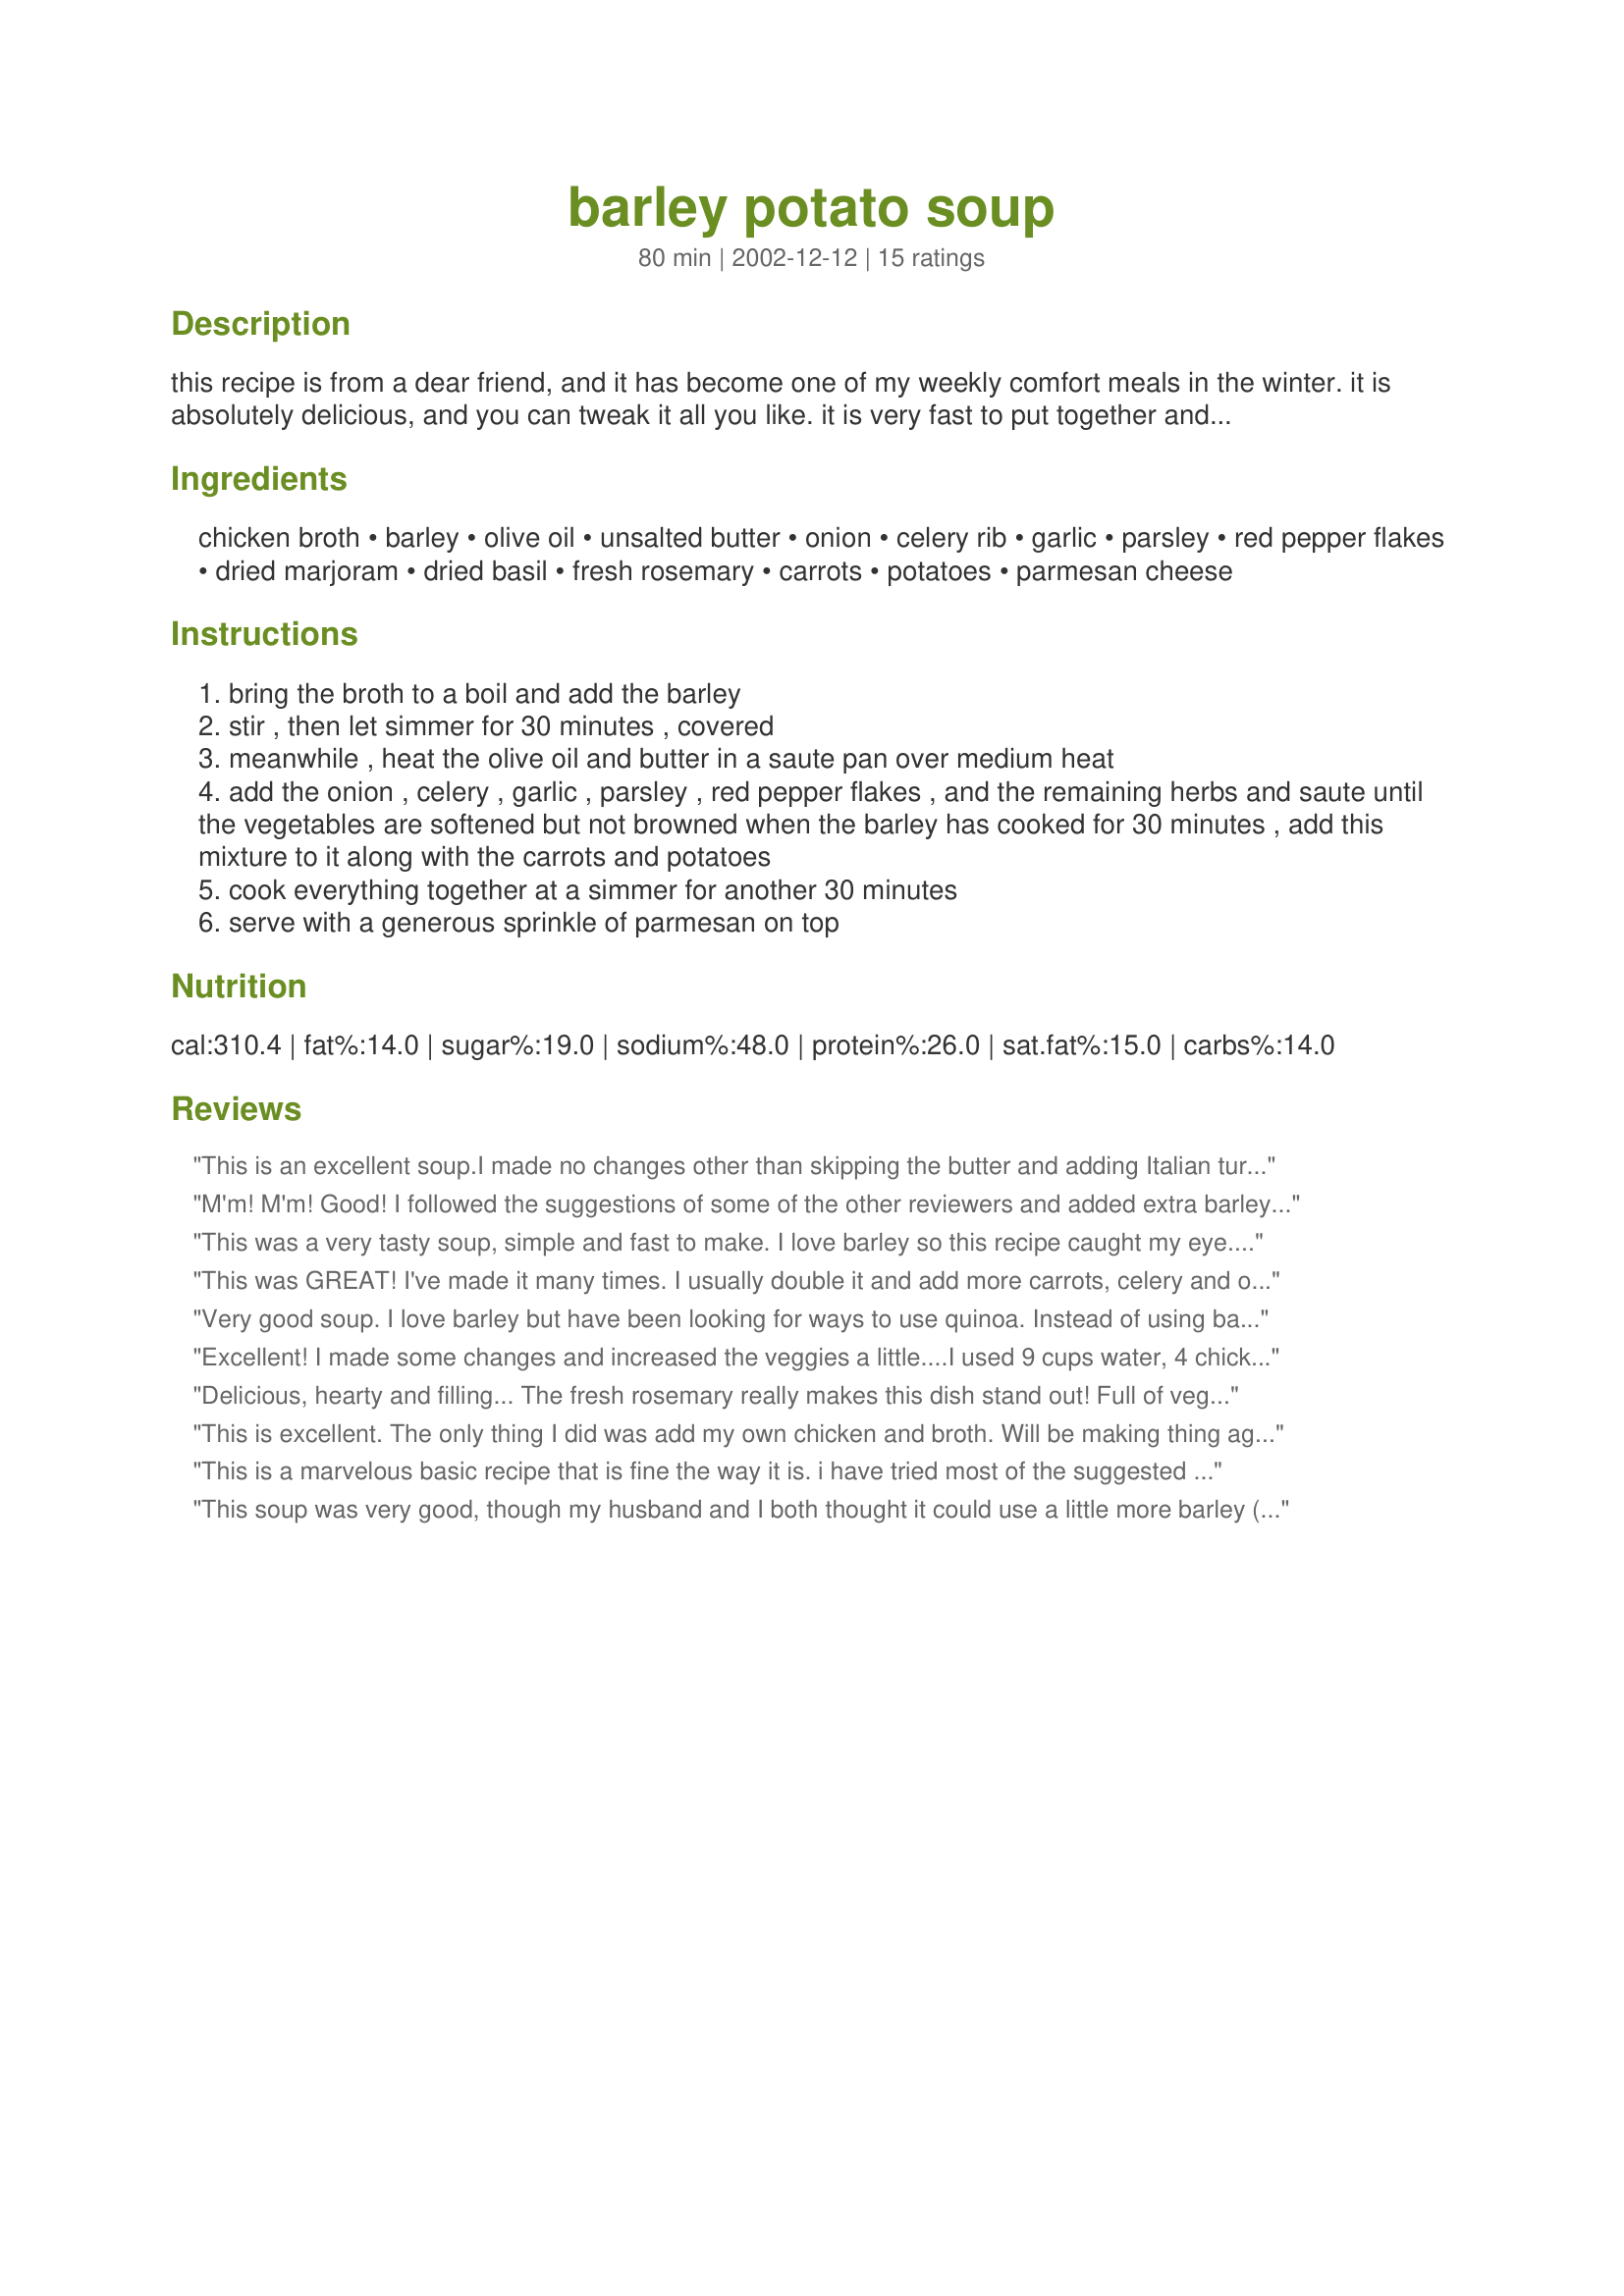
barley potato soup
Preparation time: 80 minutes

this recipe is from a dear friend, and it has become one of my weekly comfort meals in the winter. it is absolutely delicious, and you can tweak it all you like. it is very fast to put together and almost completely fat-free. i love this soup.

Ingredients:
chicken broth, barley, olive oil, unsalted butter, onion, celery rib, garlic, parsley, red pepper flakes, dried marjoram, dried basil, fresh rosemary, carrots, potatoes, parmesan cheese

Steps:
bring the broth to a boil and add the barley
stir , then let simmer for 30 minutes , covered
meanwhile , heat the olive oil and butter in a saute pan over medium heat
add the onion , celery , garlic , parsley , red pepper flakes , and the remaining herbs and saute until the vegetables are softened but not browned when the barley has cooked for 30 minutes , add this mixture to it along with the carrots and potatoes
cook everything together at a simmer for another 30 minutes
serve with a generous sprinkle of parmesan on top

Reviews:
This is an excellent soup.I made no changes other than skipping the butter and adding Italian turkey sausage to Dh's portion. I recommend using a good homemade broth.
M'm! M'm! Good! I followed the suggestions of some of the other reviewers and added extra barley (we love it) and broth (probably about 2/3 to 1/2 a cup more barley and 3+ more cups broth). Terr-ific. I love how healthy and hearty it is and that I always have all these ingredients on-hand. Nice and thick and, as Tracy K said "it tastes far less healthy than it really is." Admittedly, I did not use fresh rosemary but it was still great. The parmesean really makes the dish- I like it with lots! Thank you for posting; this is a great recipe.
This was a very tasty soup, simple and fast to make. I love barley so this recipe caught my eye. I followed the recipe to the letter and I really enjoyed the soup. Thanks for the recipe, PetitFour!!
This was GREAT! I've made it many times. I usually double it and add more carrots, celery and onion than is called for in the recipe. I also add a bit more barley. Definitely a family favorite!
Very good soup. I love barley but have been looking for ways to use quinoa. Instead of using barley in this recipe, I used 1/2 cup quinoa, lightly toasted. It cooks much faster than barley so I eliminated the first 30 minutes of cooking time.
Excellent! I made some changes and increased the veggies a little....I used 9 cups water, 4 chicken bouillon cubes, 3 celery ribs, 3 carrots and 1/2 a bulb of fennel (leftover in the fridge). I sauteed ALL the ingredients in the olive oil until veggies were tender, added the water and bouillon and simmered for 45 minutes. When barley was cooked, I added one can of pureed cannellini beans to make the soup a little thicker. (It was a great way to hide the beans from picky eaters too! The DH never knew!) I will be making this soup again and again! Thanks for posting!
Delicious, hearty and filling... The fresh rosemary really makes this dish stand out! Full of veggies and lots of fiber; it tastes far less healthy than it really is, LOL! Edited to correct stars (don't know how that happened!) and say that this soup gets better with each day it sits in the fridge!

This is excellent. The only thing I did was add my own chicken and broth. Will be making thing again and again
This is a marvelous basic recipe that is fine the way it is. i have tried most of the suggested variations and all have their merits, mostly just for variety. My strongest comment? Fool your dh and dks who still think they dont really like &quot;soup&quot; by making it more stewlike, but little less broth and trick of adding pureed cannellini or almost any white bean to thicken. Also, it is SO GOOD as leftovers, always always make more than double, it says it serves 4, but not not at my house!!! thanks so much for sharing recipe, and helpful comments :)
This soup was very good, though my husband and I both thought it could use a little more barley (and more broth to compensate, of course). We substituted cayenne pepper for the red pepper flakes, and added about a 1/2 cup of red wine for a little more body.
This soup was very good, I do agree it needs a little more barley and broth. I will make it again, Thanks
I love this recipe! My favorite way to make it is to add a tin of crushed Italian tomatoes to the mix. I also add whatever vegetables I have on hand, such as frozen peas or beans, and compensate with some water or extra stock. Always tasty and delicious.
I thought I did review!
Found this VERY simple, easy to do,
Tasty, healthy as can be!
Yes, bit lumpy for this recipe too we like to see!
This soup was OMG GOOD! The only things I changed: I had to use dried rosemary and I only had small red potatoes on hand. Very, very good. Thank you so much for sharing this one!
We really enjoyed this soup! It was easy and yummy. I also added more broth and barley. My hubby really liked it! Thanks so much for sharing!! :O)
